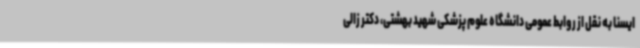
ایسنا به نقل از روابط عمومی دانشگاه علوم پزشکی شهید بهشتی، دکتر زالی